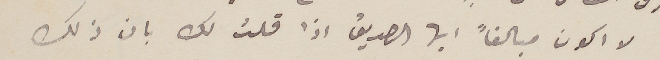
لا اكون مبالغاً ايها الصديق اذا قلت لك بان ذلك